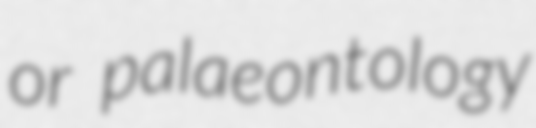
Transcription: or palaeontology